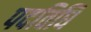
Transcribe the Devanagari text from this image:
पदविधि